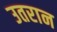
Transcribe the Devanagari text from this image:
उतरान